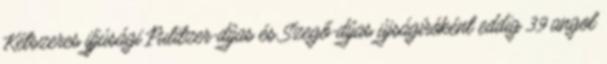
Kétszeres ifjúsági Pulitzer-díjas és Szegő-díjas újságíróként eddig 39 angol